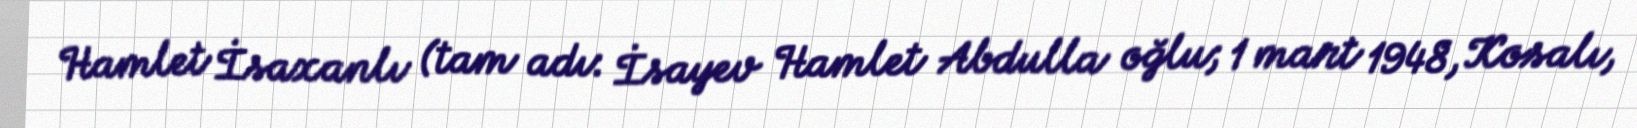
Hamlet İsaxanlı (tam adı: İsayev Hamlet Abdulla oğlu; 1 mart 1948, Kosalı,